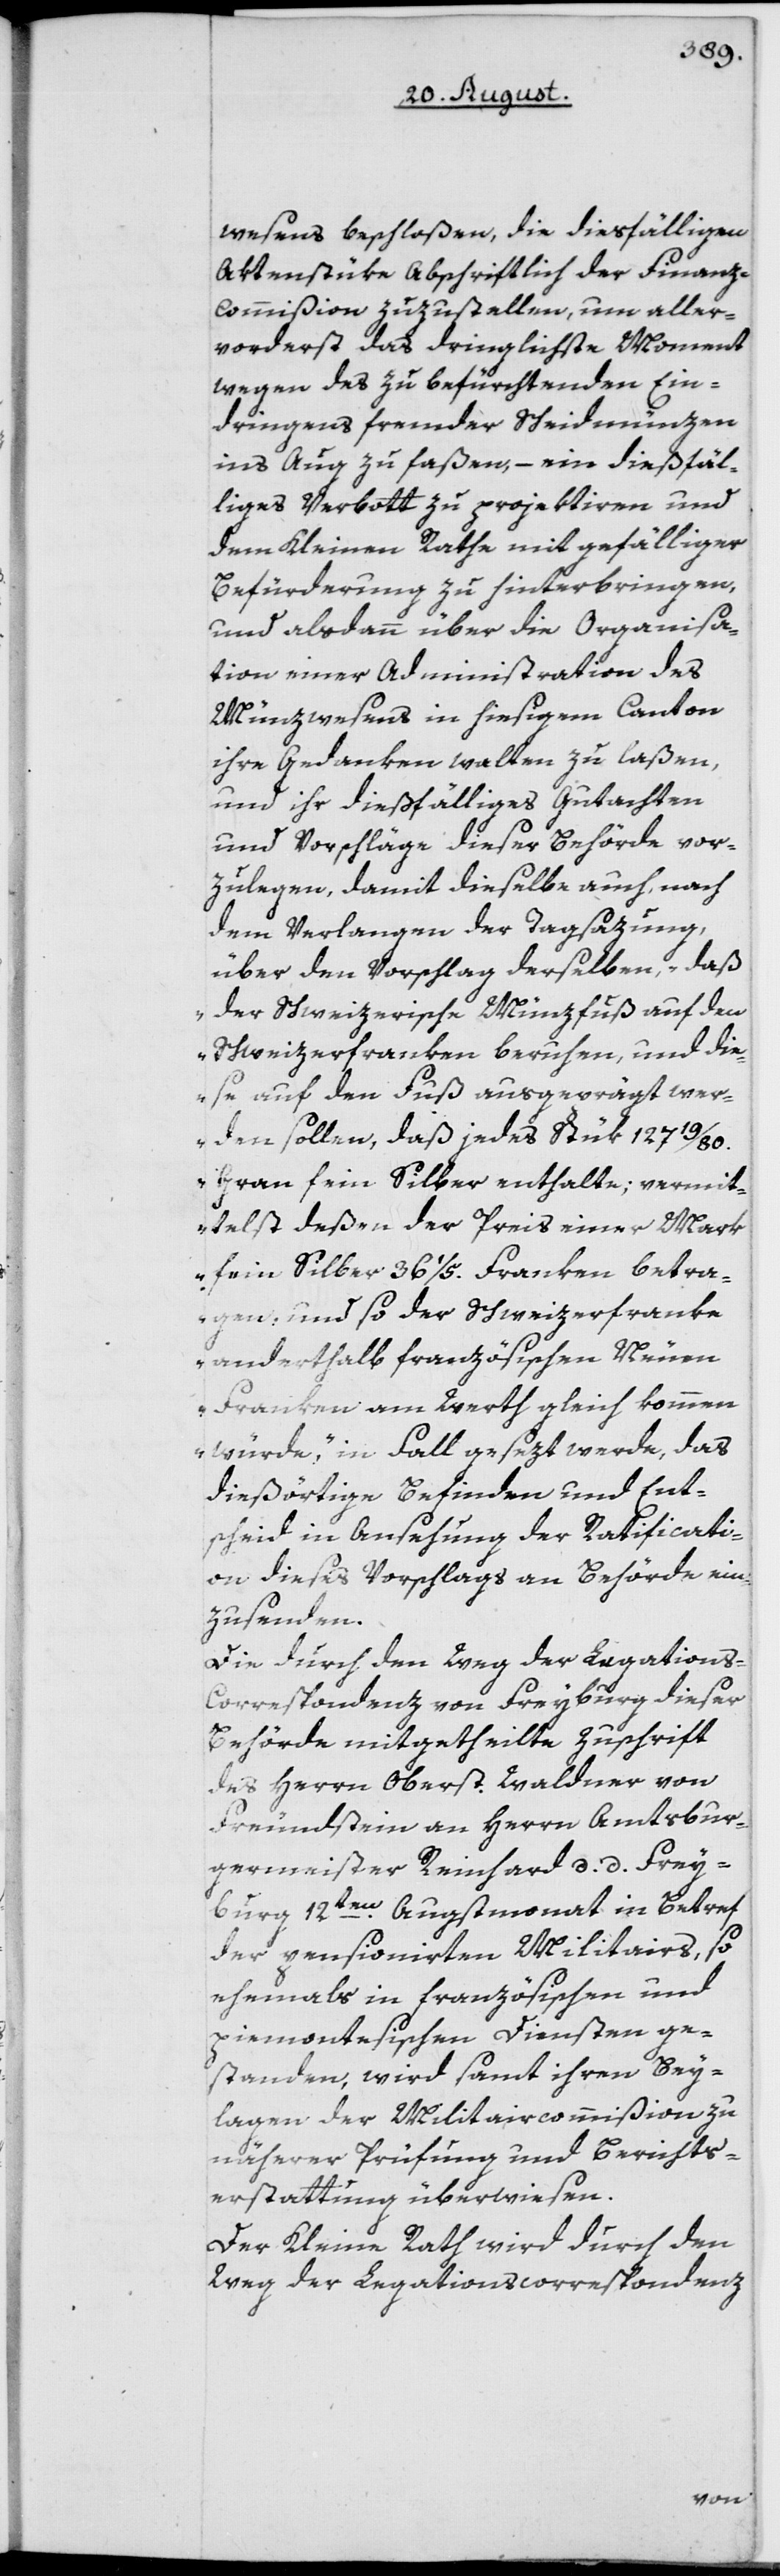
wesens beschloßen, die diesfälligen
Aktenstüke abschriftlich der Finanz-C¬
ommißion zuzustellen, um aller¬
vorderst das dringlichste Moment
wegen des zu befürchtenden Ein¬
dringens fremder Scheidmünzen
ins Aug zu faßen, – ein dießfäl¬
liges Verbott zu projektiren und
dem Kleinen Rathe mit gefälliger
Befürderung zu hinterbringen,
und alsdann über die Organisa¬
tion einer Administration des
Münzwesens in hiesigem Canton
ihre Gedanken walten zu laßen,
und ihr dießfälliges Gutachten
und Vorschläge dieser Behörde vor¬
zulegen, damit dieselbe auch, nach
dem Verlangen der Tagsazung,
über den Vorschlag derselben, „daß
der Schweizerische Münzfuß auf den
Schweizerfranken beruhen, und die¬
se auf den Fuß ausgeprägt wer¬
den sollen, daß jedes Stük 127 19/80.
Gran fein Silber enthalte; vermit¬
telst deßen der Preis einer Mark
fein Silber 36 1/5. Franken betra¬
gen, und so der Schweizerfranke
anderthalb französischen Neuen
Franken am Werth gleich kommen
würde,“ in Fall gesezt werde, das
dießörtige Befinden und Ent¬
scheid in Ansehung der Ratificati¬
on dieses Vorschlags an Behörde ein¬
zusenden.
Die durch den Weg der Legations-C¬
orrespondenz von Freyburg dieser
Behörde mitgetheilte Zuschrift
des Herrn Oberst Waldner von
Freundstein an Herrn Amtsbur¬
germeister Reinhard d. d. Frey¬
burg 12ten Augstmonat in Betref
der pensionirten Militairs, so
ehemahls in französischen und
piemontesischen Diensten ge¬
standen, wird samt ihren Bey¬
lagen der Militaircommißion zu
näherer Prüfung und Berichts¬
erstattung überwiesen.
Der Kleine Rath wird durch den
Weg der Legationscorrespondenz